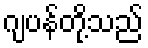
ဂျပန်တို့သည်